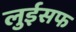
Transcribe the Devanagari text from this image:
लुईसफ